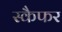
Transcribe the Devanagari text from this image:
स्कैफर